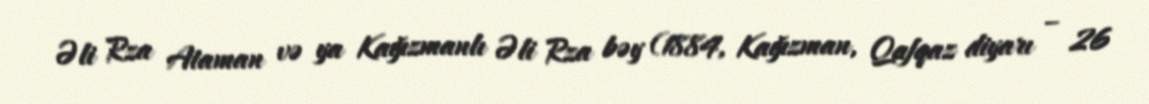
Əli Rza Ataman və ya Kağızmanlı Əli Rza bəy (1884, Kağızman, Qafqaz diyarı – 26